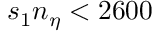
s _ { 1 } n _ { \eta } < 2 6 0 0